Juuru_vallavalitsus, lk 10
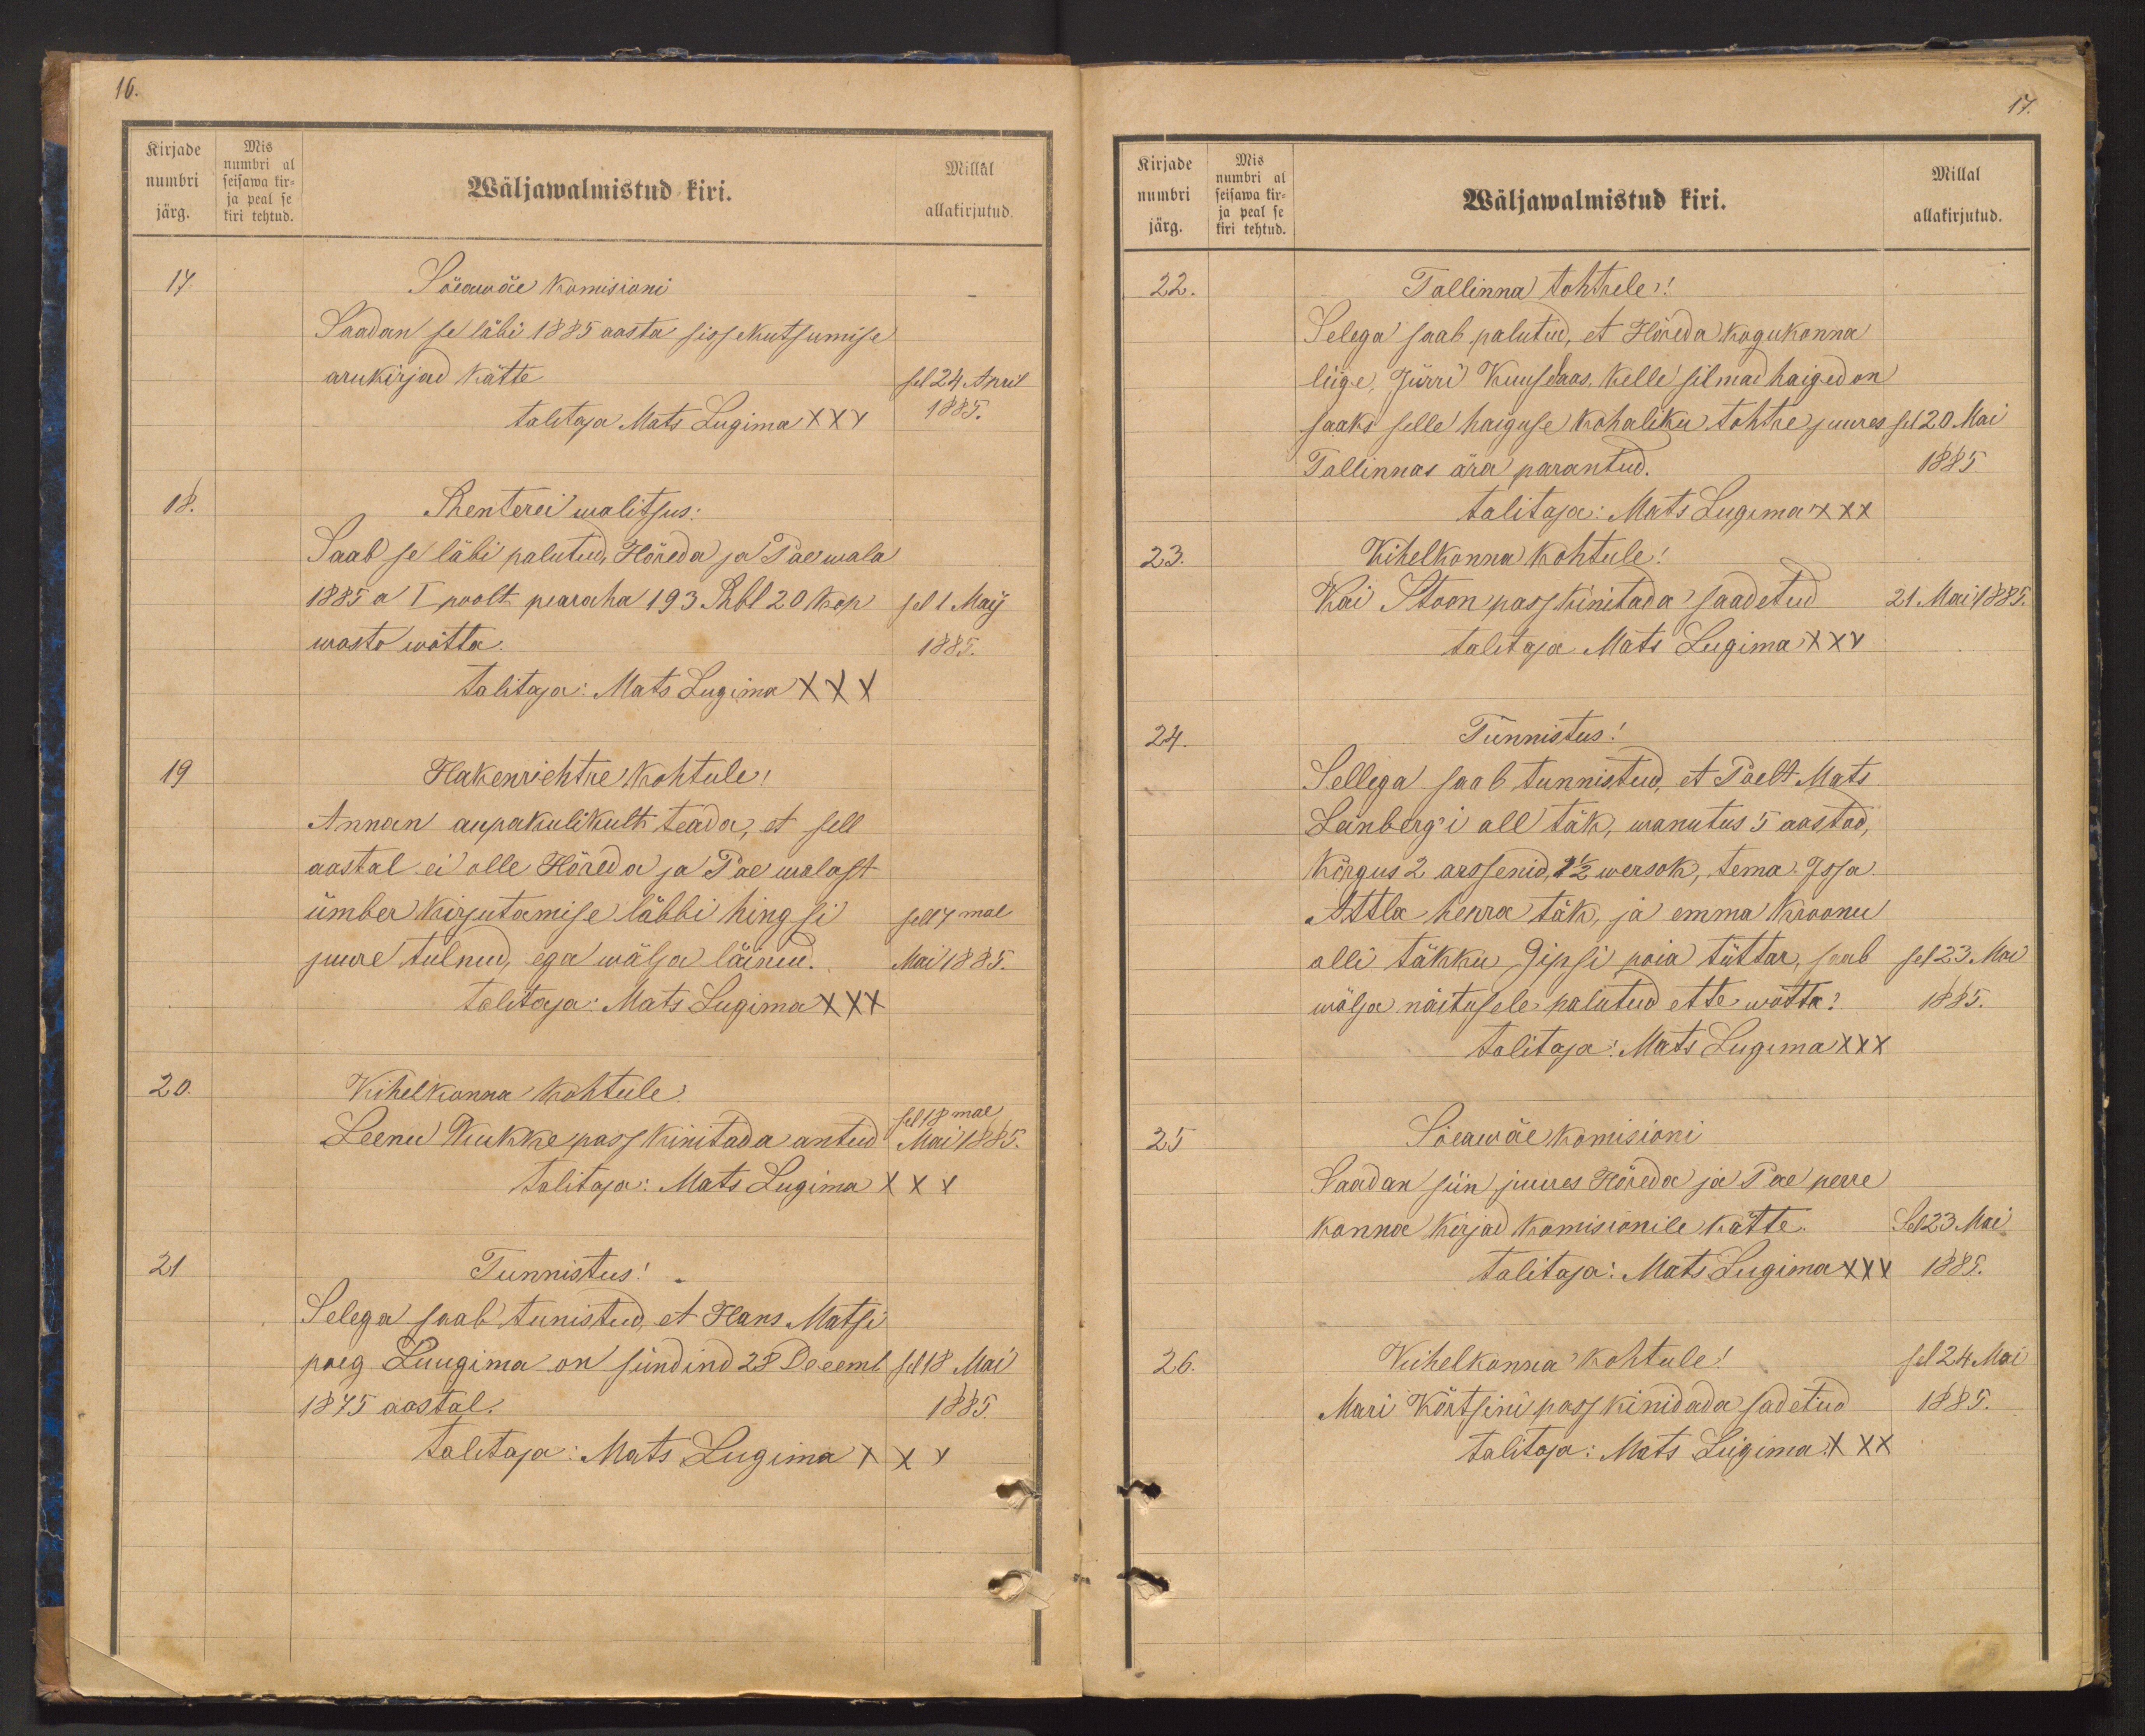
Kirjade Mis
järg. kiri tehtud.

16.
numbri seisawa kir-
Wäljawalmistud kiri.
numbri al
Millal
ja peal se
allakirjutud.
17.
Söeawäe komisioni
Saadan se läbi 1885 aasta sissekutsumise
arukirjad kätte
sel 24 April
1885.
talitaja Mats Lugima XXX
18.
Renterei walitsus:
Saab se läbi palutud, Hõreda ja Pae wala
1885 a I poolt pearaha 193 Rbl 20 kop
wasto wõtta.
sel 1 May
1885.
talitaja: Mats Lugima XXX
19
Hakenrichtre kohtule!
Annan aupakulikult teada, et sell
aastal ei olle Hõreda ja Pae walast
ümber kirjutamise läbbi hingsi
juure tulnud, ega wälja läinud.
sell 7mal
Mai 1885.
Talitaja: Mats Lugima XXX
20.
Kihelkonna kohtule.
Leenu Kukke pass kinitada antud
selt 18mal
Mai 1885.
talitaja: Mats Lugima
XXX
21
Tunnistus!
Selega saab tunistud, et Hans Matsi
poeg Luugima on sündin 28 Decemb
1875 aastal.
sel 18 Mai
1885.
talitaja: Mats Lugima XXX

Kirjade
Mis
numbri seisawa kir-
ja peal se
järg. kiri tehtud.

17.
Wäljawalmistud kiri.
numbri al
Millal
allakirjutud.
22.
Tallinna tohtrele!
Selega saab palutud, et Hõreda kogukonna
liige, Jürri Kuuseaas, kelle silmad haiged on
saaks selle haiguse kohaliku tohtre juures
Tallinnas ära parantud.
sel 20 Mai
1885.
talitaja: Mats Lugima XXX
23.
Kihelkonna kohtule!
Kai Stoon pass kinitada saadetud
21. Mai 1885.
talitaja Mats Lugima XXX
24.
Tunnistus!
Sellega saab tunnistud, et Paelt Mats
Leinberg'i all täk, wanutus 5 aastad,
Kõrgus 2 arssenid, 2 1/2 wersok, tema. Issa.
Attla herra täk, ja emma Kroonu
olli täkku Gipsi poia tüttar, saab
wälja näitusele palutud ette wõtta?
sel 23. Mai
1885.
talitaja: Mats Lugima XXX
25
Sõeawäe komisioni
Saadan siin juures Hõreda ja Pae perre
konna kirjad Komisionile kätte.
Sel 23 Mai
1885.
talitaja: Mats Lugima XXX
26.
Kihelkonna kohtule!
sel 24 Mai
Mari Kõrtsini pass kinidada sadetud
1885.
talitaja: Mats Lugima XXX